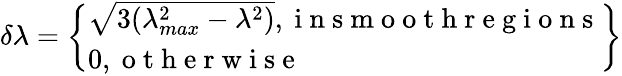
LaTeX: \delta\lambda=\left\{ \begin{array}{l}{\sqrt{3(\lambda_{max}^{2}-\lambda^{2})},\mathrm{~i~n~s~m~o~o~t~h~r~e~g~i~o~n~s~}}\\ {0,\mathrm{~o~t~h~e~r~w~i~s~e~}}\end{array}\right\}